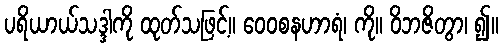
ပရိယာယ်သဒ္ဒါကို ထုတ်သဖြင့်။ ဝေဝစနဟာရံ၊ ကို။ ဝိဘဇိတွာ၊ ၍။